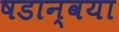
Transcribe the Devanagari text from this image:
षडान्वया